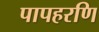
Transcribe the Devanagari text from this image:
पापहरणि